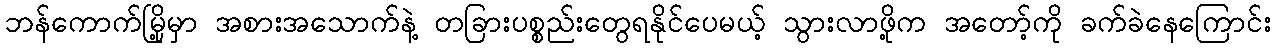
ဘန်ကောက်မြို့မှာ အစားအသောက်နဲ့ တခြားပစ္စည်းတွေရနိုင်ပေမယ့် သွားလာဖို့က အတော့်ကို ခက်ခဲနေကြောင်း